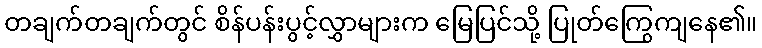
တချက်တချက်တွင် စိန်ပန်းပွင့်လွှာများက မြေပြင်သို့ ပြုတ်ကြွေကျနေ၏။